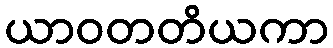
ယာဝတတိယကာ